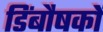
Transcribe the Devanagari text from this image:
डिंबौषकों